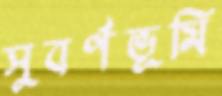
সুবর্ণভূমি